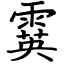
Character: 霙